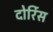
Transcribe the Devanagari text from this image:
दोर्रिस